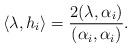
LaTeX: \begin{align*}\langle \lambda,h_i\rangle=\frac{2(\lambda,\alpha_i)}{(\alpha_i,\alpha_i)}.\end{align*}